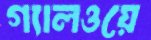
গ্যালওয়ে